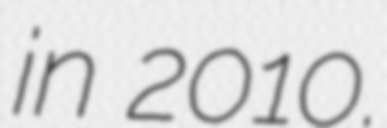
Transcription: in 2010.